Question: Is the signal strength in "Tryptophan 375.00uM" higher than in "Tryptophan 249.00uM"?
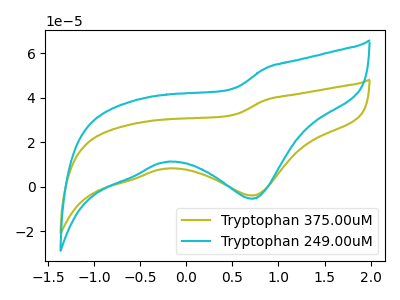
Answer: <think>The olive curve "Tryptophan 375.00uM" has a cathodic peak at: (0.70V, -3.95uA). The cyan curve "Tryptophan 249.00uM" has a cathodic peak at: (0.70V, -5.40uA).
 All the peaks in "Tryptophan 375.00uM" have a peak in "Tryptophan 249.00uM" at the same potential. Every peak in "Tryptophan 375.00uM" is lower than every peak in "Tryptophan 249.00uM".</think>
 <answer>"Tryptophan 375.00uM" has less signal than "Tryptophan 249.00uM".</answer>
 <eval>less_signal</eval>